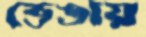
ভেঙায়